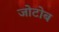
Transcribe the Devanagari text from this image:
जोटोब